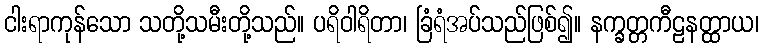
ငါးရာကုန်သော သတို့သမီးတို့သည်။ ပရိဝါရိတာ၊ ခြံရံအပ်သည်ဖြစ်၍။ နက္ခတ္တကီဠနတ္ထာယ၊